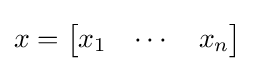
x={\begin{bmatrix}x_{1}&\cdots &x_{n}\end{bmatrix}}